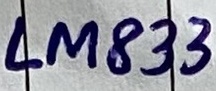
Text: LM833